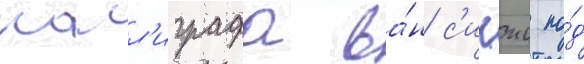
калл'играфа ва́н с'ичжи по́д